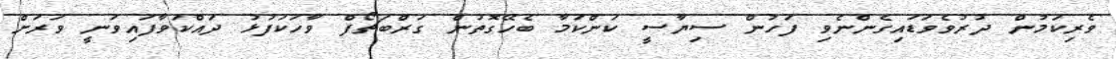
ވެރިކަމުން ދުރުވެވަޑައިގެންނެވި ފަހުން ސިޔާސީ ކަންކަމާ ބެހޭގޮތުން ގަރްބަޗޯފް ވާހަކަފުޅު ދައްކަވާފައިވަނީ ވަރަށް